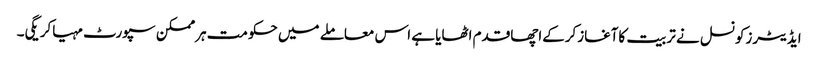
ایڈیٹرزکونسل نے تربیت کاآغازکرکےاچھاقدم اٹھایا ہے اس معاملے میں حکومت ہرممکن سپورٹ مہیاکریگی۔